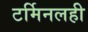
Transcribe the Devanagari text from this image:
टर्मिनलही